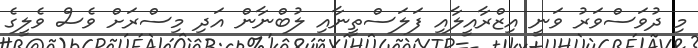
މި ދުވަސްވަރު ވަނީ އިޒްރާއީލާއި ފަލަސްތީނާއި ލުބްނާން އަދި މިސްރަށް ވެސް ވެލީގެ